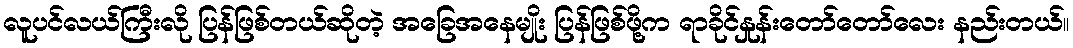
လူပင်လယ်ကြီးလို ပြန်ဖြစ်တယ်ဆိုတဲ့ အခြေအနေမျိုး ပြန်ဖြစ်ဖို့က ရာခိုင်နှုန်းတော်တော်လေး နည်းတယ်။